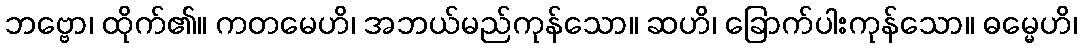
ဘဗ္ဗော၊ ထိုက်၏။ ကတမေဟိ၊ အဘယ်မည်ကုန်သော။ ဆဟိ၊ ခြောက်ပါးကုန်သော။ ဓမ္မေဟိ၊